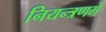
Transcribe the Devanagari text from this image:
नियन्त्रणमे